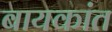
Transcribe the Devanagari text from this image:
बायकांत